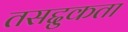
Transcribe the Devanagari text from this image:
तसद्दुकता